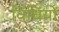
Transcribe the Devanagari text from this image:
विधिंयों